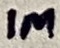
Text: 1M